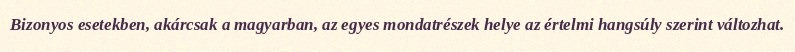
Bizonyos esetekben, akárcsak a magyarban, az egyes mondatrészek helye az értelmi hangsúly szerint változhat.